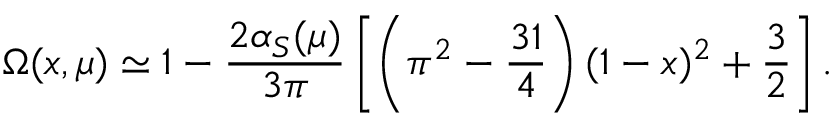
\Omega ( x , \mu ) \simeq 1 - { \frac { 2 \alpha _ { S } ( \mu ) } { 3 \pi } } \left[ \left( \pi ^ { 2 } - { \frac { 3 1 } { 4 } } \right) ( 1 - x ) ^ { 2 } + { \frac { 3 } { 2 } } \right] .